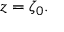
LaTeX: z = \zeta _ { 0 } .